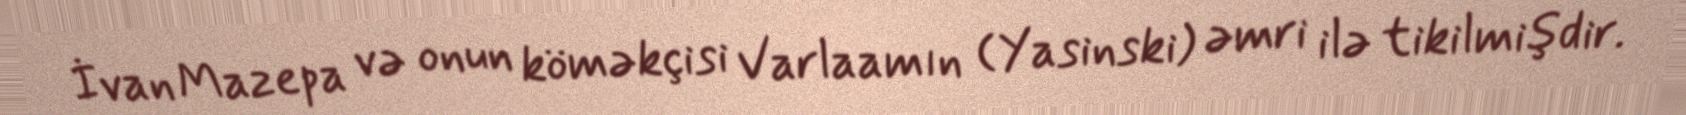
İvan Mazepa və onun köməkçisi Varlaamın (Yasinski) əmri ilə tikilmişdir.